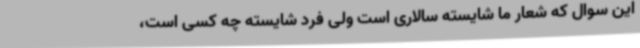
این سوال که شعار ما شایسته سالاری است ولی فرد شایسته چه کسی است،